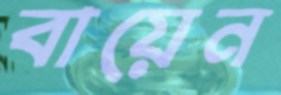
বায়েন